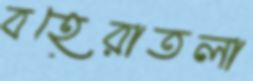
বহেরাতলা